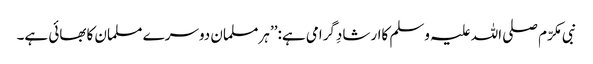
نبی مکرّم صلی اللہ علیہ وسلم کاارشادِگرامی ہے:’’ ہرمسلمان دوسرے مسلمان کابھائی ہے۔